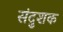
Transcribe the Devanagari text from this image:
संदुशक